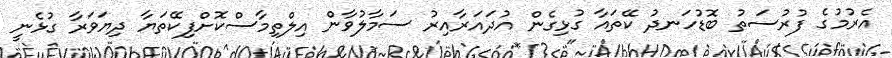
އެރުމުގެ ފުރުސަތު ބޮޑުހަނދު ކޭތައާ ގުޅިގެން އުދައަރާއިރު ސަމާލުވާން އިލްތިމާސްކޮށްފިކޭތަޔާ ދިޔަވަރާ ގުޅެނީ